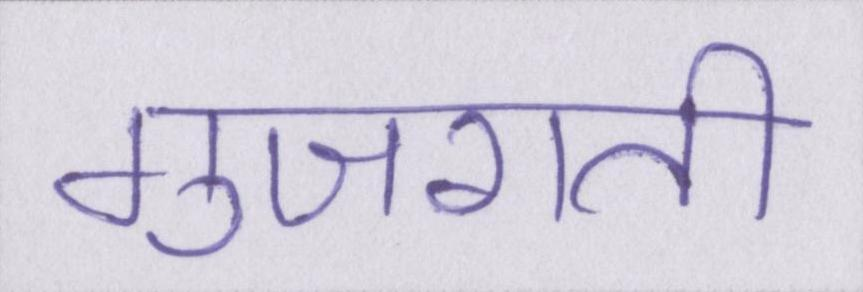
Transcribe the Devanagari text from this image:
गुजराती